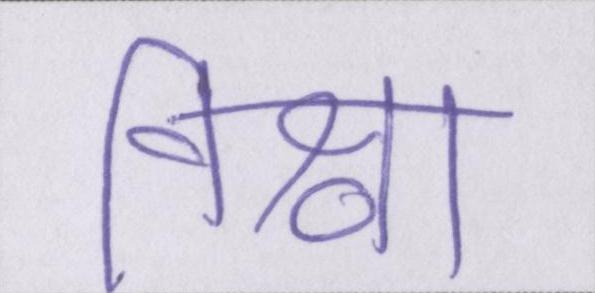
विश्वा